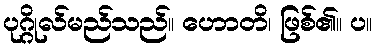
ပုဂ္ဂိုလ်မည်သည်။ ဟောတိ၊ ဖြစ်၏။ ပ။